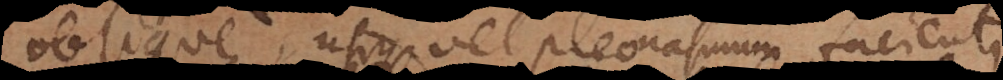
oblique, utique vel pleonasmum facient,